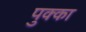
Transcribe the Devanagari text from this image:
पुक्का